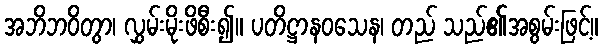
အဘိဘဝိတွာ၊ လွှမ်းမိုးဖိစီး၍။ ပတိဋ္ဌာနဝသေန၊ တည် သည်၏အစွမ်းဖြင့်။